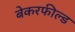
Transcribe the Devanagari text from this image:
बेकरफील्ड